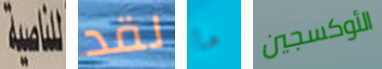
للناصية لقد ما الأوكسجين